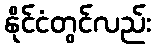
နိုင်ငံတွင်လည်း